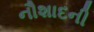
નૌશાદની